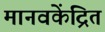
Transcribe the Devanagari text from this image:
मानवकेंद्रित